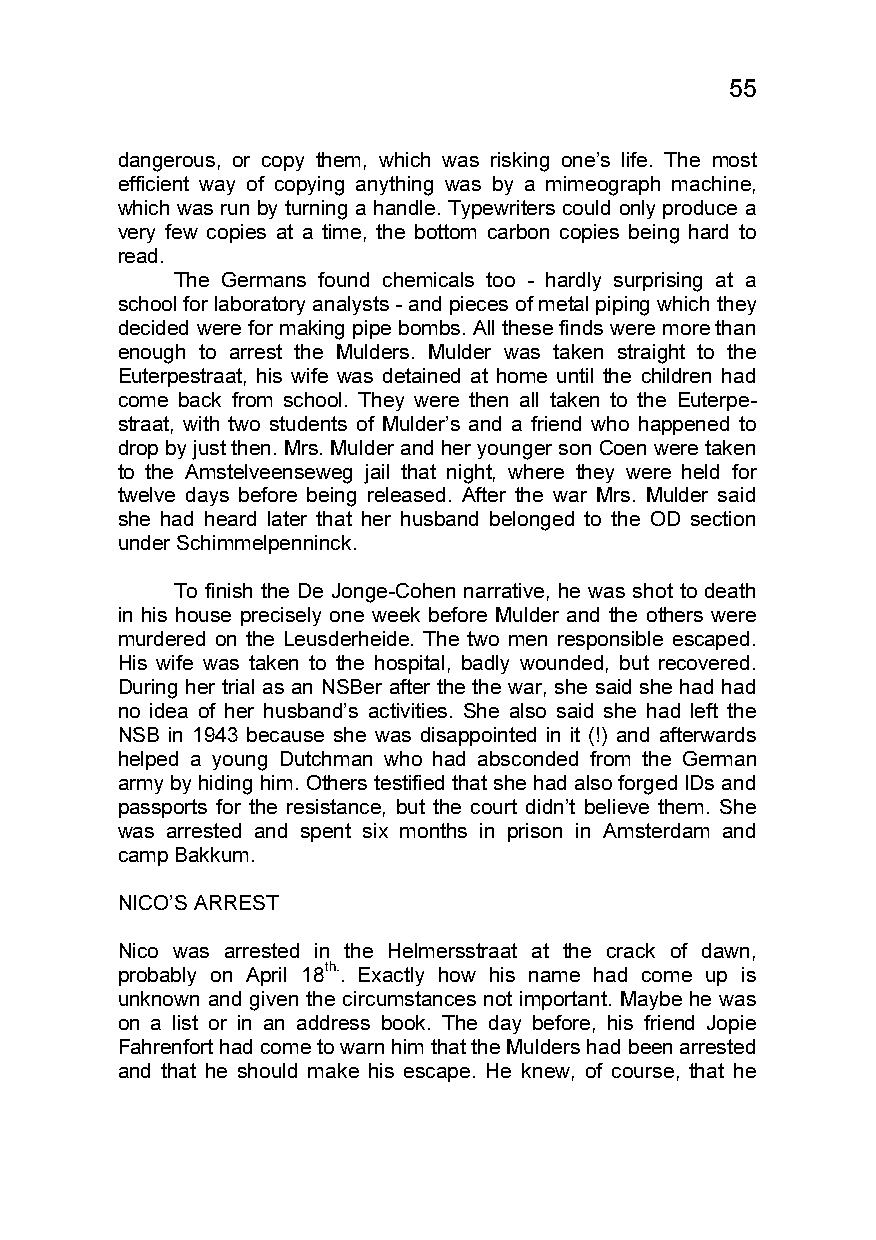
55
 dangerous, or copy them, which was risking one’s life. The most
 efficient way of copying anything was by a mimeograph machine,
 which was run by turning a handle. Typewriters could only produce a
 very few copies at a time, the bottom carbon copies being hard to
 read.
 The Germans found chemicals too - hardly surprising at a
 school for laboratory analysts - and pieces of metal piping which they
 decided were for making pipe bombs. All these finds were more than
 enough to arrest the Mulders. Mulder was taken straight to the
 Euterpestraat, his wife was detained at home until the children had
 come back from school. They were then all taken to the Euterpe-
 straat, with two students of Mulder’s and a friend who happened to
 drop by just then. Mrs. Mulder and her younger son Coen were taken
 to the Amstelveenseweg jail that night, where they were held for
 twelve days before being released. After the war Mrs. Mulder said
 she had heard later that her husband belonged to the OD section
 under Schimmelpenninck.
 To finish the De Jonge-Cohen narrative, he was shot to death
 in his house precisely one week before Mulder and the others were
 murdered on the Leusderheide. The two men responsible escaped.
 His wife was taken to the hospital, badly wounded, but recovered.
 During her trial as an NSBer after the the war, she said she had had
 no idea of her husband’s activities. She also said she had left the
 NSB in 1943 because she was disappointed in it (!) and afterwards
 helped a young Dutchman who had absconded from the German
 army by hiding him. Others testified that she had also forged IDs and
 passports for the resistance, but the court didn’t believe them. She
 was arrested and spent six months in prison in Amsterdam and
 camp Bakkum.
 NICO’S ARREST
 Nico was arrested in the Helmersstraat at the crack of dawn,
 probably on April 18th.. Exactly how his name had come up is
 unknown and given the circumstances not important. Maybe he was
 on a list or in an address book. The day before, his friend Jopie
 Fahrenfort had come to warn him that the Mulders had been arrested
 and that he should make his escape. He knew, of course, that he